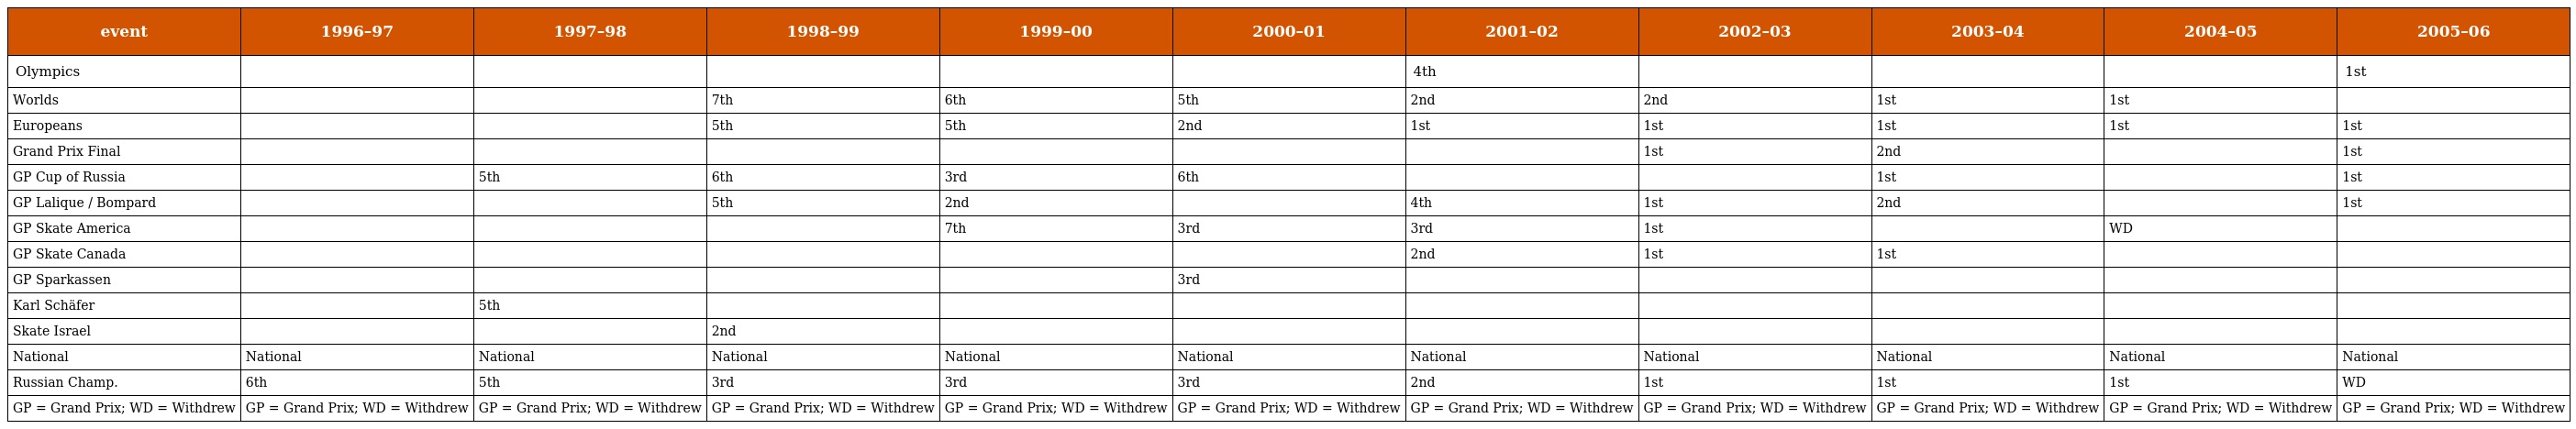
| event | 1996–97 | 1997–98 | 1998–99 | 1999–00 | 2000–01 | 2001–02 | 2002–03 | 2003–04 | 2004–05 | 2005–06 |
 | --- | --- | --- | --- | --- | --- | --- | --- | --- | --- | --- |
 | Olympics |  |  |  |  |  | 4th |  |  |  | 1st |
 | Worlds |  |  | 7th | 6th | 5th | 2nd | 2nd | 1st | 1st |  |
 | Europeans |  |  | 5th | 5th | 2nd | 1st | 1st | 1st | 1st | 1st |
 | Grand Prix Final |  |  |  |  |  |  | 1st | 2nd |  | 1st |
 | GP Cup of Russia |  | 5th | 6th | 3rd | 6th |  |  | 1st |  | 1st |
 | GP Lalique / Bompard |  |  | 5th | 2nd |  | 4th | 1st | 2nd |  | 1st |
 | GP Skate America |  |  |  | 7th | 3rd | 3rd | 1st |  | WD |  |
 | GP Skate Canada |  |  |  |  |  | 2nd | 1st | 1st |  |  |
 | GP Sparkassen |  |  |  |  | 3rd |  |  |  |  |  |
 | Karl Schäfer |  | 5th |  |  |  |  |  |  |  |  |
 | Skate Israel |  |  | 2nd |  |  |  |  |  |  |  |
 | National | National | National | National | National | National | National | National | National | National | National |
 | Russian Champ. | 6th | 5th | 3rd | 3rd | 3rd | 2nd | 1st | 1st | 1st | WD |
 | GP = Grand Prix; WD = Withdrew | GP = Grand Prix; WD = Withdrew | GP = Grand Prix; WD = Withdrew | GP = Grand Prix; WD = Withdrew | GP = Grand Prix; WD = Withdrew | GP = Grand Prix; WD = Withdrew | GP = Grand Prix; WD = Withdrew | GP = Grand Prix; WD = Withdrew | GP = Grand Prix; WD = Withdrew | GP = Grand Prix; WD = Withdrew | GP = Grand Prix; WD = Withdrew |